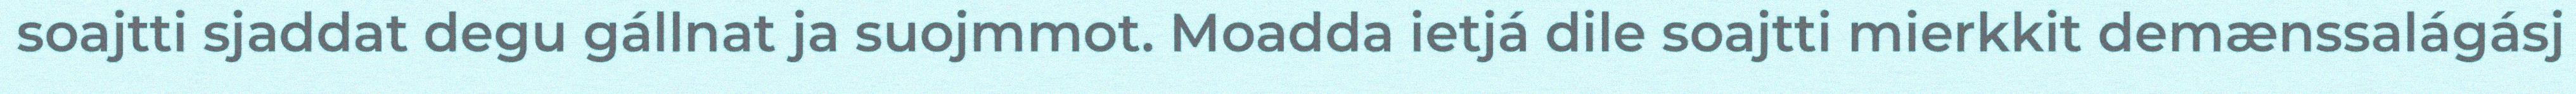
soajtti sjaddat degu gállnat ja suojmmot. Moadda ietjá dile soajtti mierkkit demænssalágásj